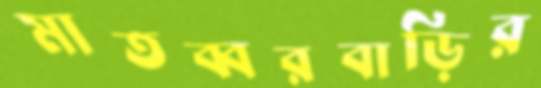
মাতব্বরবাড়ির